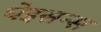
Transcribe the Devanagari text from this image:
घेइसन्स